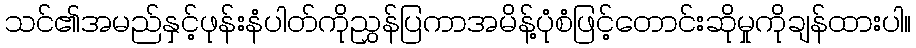
သင်၏အမည်နှင့်ဖုန်းနံပါတ်ကိုညွှန်ပြကာအမိန့်ပုံစံဖြင့်တောင်းဆိုမှုကိုချန်ထားပါ။